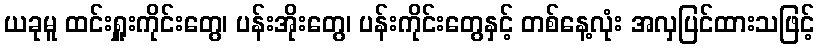
ယခုမူ ထင်းရှူးကိုင်းတွေ၊ ပန်းအိုးတွေ၊ ပန်းကိုင်းတွေနှင့် တစ်နေ့လုံး အလှပြင်ထားသဖြင့်